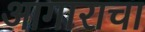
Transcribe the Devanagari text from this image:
आगाराचा